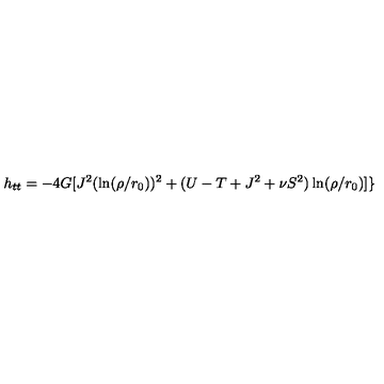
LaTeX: h _ { t t } = - 4 G [ J ^ { 2 } ( \ln ( \rho / r _ { 0 } ) ) ^ { 2 } + ( U - T + J ^ { 2 } + \nu S ^ { 2 } ) \ln ( \rho / r _ { 0 } ) ] \}